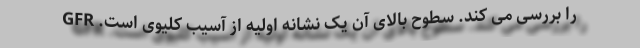
را بررسی می کند. سطوح بالای آن یک نشانه اولیه از آسیب کلیوی است. GFR